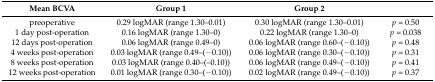
<table><thead><tr><td><b>Mean BCVA</b></td><td><b>Group1</b></td><td><b>Group2</b></td><td></td></tr></thead><tbody><tr><td>preoperative</td><td>0.29 logMAR (range 1.30–0.01)</td><td>0.30 logMAR (range 1.30–0.01)</td><td><i>p</i> = 0.50</td></tr><tr><td>1 day post-operation</td><td>0.16 logMAR (range 1.30–0)</td><td>0.22 logMAR (range 1.30–0)</td><td><i>p</i> = 0.038</td></tr><tr><td>12 days post-operation</td><td>0.06 logMAR (range 0.49–0)</td><td>0.06 logMAR (range 0.60–(−0.10))</td><td><i>p</i> = 0.48</td></tr><tr><td>4 weeks post-operation</td><td>0.03 logMAR (range 0.49–(−0.10))</td><td>0.06 logMAR (range 0.30–(−0.10))</td><td><i>p</i> = 0.31</td></tr><tr><td>8 weeks post-operation</td><td>0.03 logMAR (range 0.40–(–0.10))</td><td>0.06 logMAR (range 0.49–(−0.10))</td><td><i>p</i> = 0.41</td></tr><tr><td>12 weeks post-operation</td><td>0.01 logMAR (range 0.30–(−0.10))</td><td>0.02 logMAR (range 0.49–(−0.10))</td><td><i>p</i> = 0.37</td></tr></tbody></table>